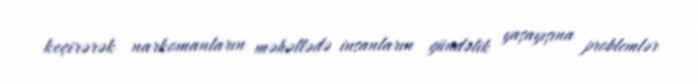
keçirərək narkomanların məhəllədə insanların gündəlik yaşayışına problemlər